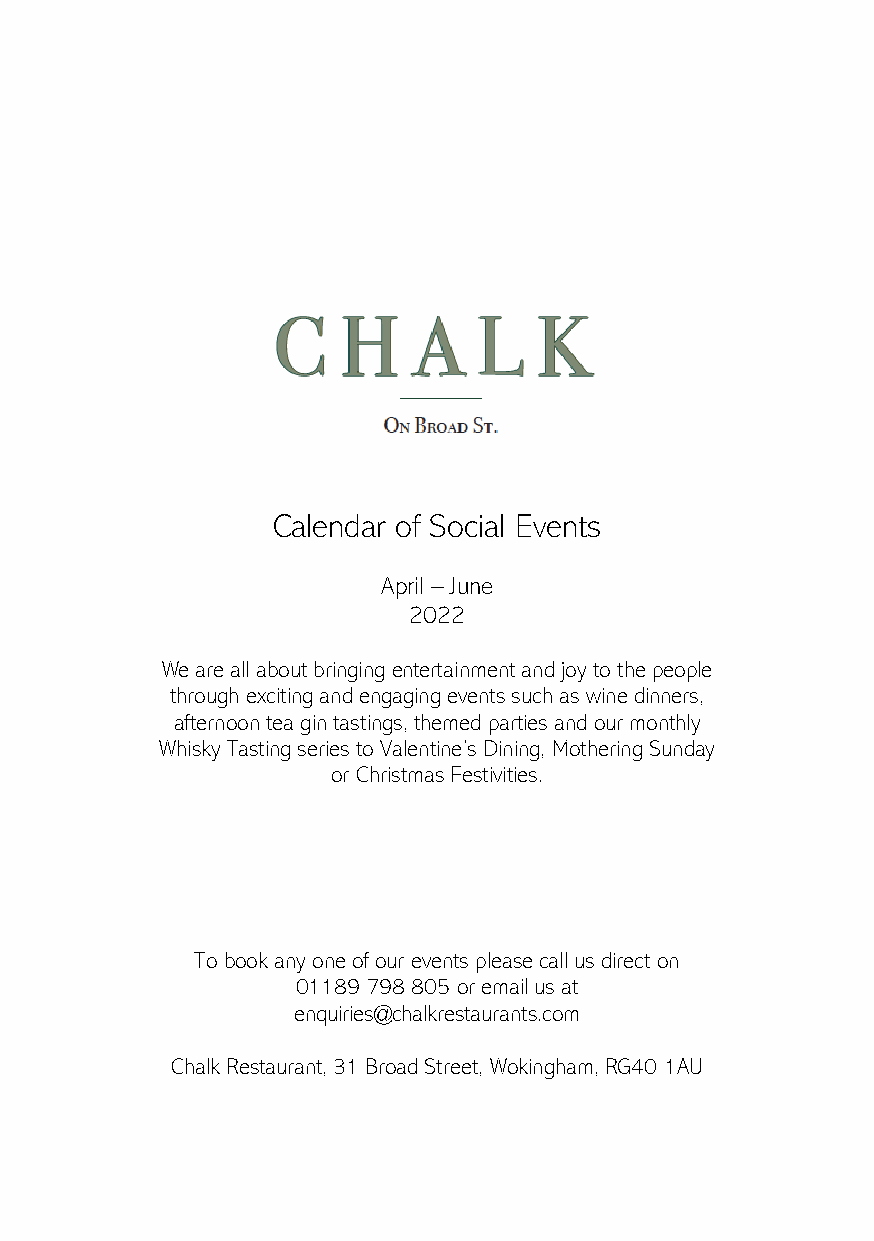
Calendar of Social Events
 April – June
 2022
 We are all about bringing entertainment and joy to the people
 through exciting and engaging events such as wine dinners,
 afternoon tea gin tastings, themed parties and our monthly
 Whisky Tasting series to Valentine’s Dining, Mothering Sunday
 or Christmas Festivities.
 To book any one of our events please call us direct on
 01189 798 805 or email us at
 enquiries@chalkrestaurants.com
 Chalk Restaurant, 31 Broad Street, Wokingham, RG40 1AU